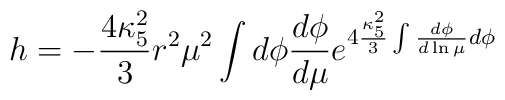
h=-\frac{4\kappa_5^2}{3}r^2 \mu^2 \int d\phi \frac{d\phi}{d\mu}e^{4\frac{\kappa_5^2}{3}\int \frac{d\phi}{d\ln\mu}d\phi}